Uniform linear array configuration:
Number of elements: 8
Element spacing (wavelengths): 0.25
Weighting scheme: kaiser
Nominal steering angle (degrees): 45
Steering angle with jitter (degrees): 43.024
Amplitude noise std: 0.05
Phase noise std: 0.05

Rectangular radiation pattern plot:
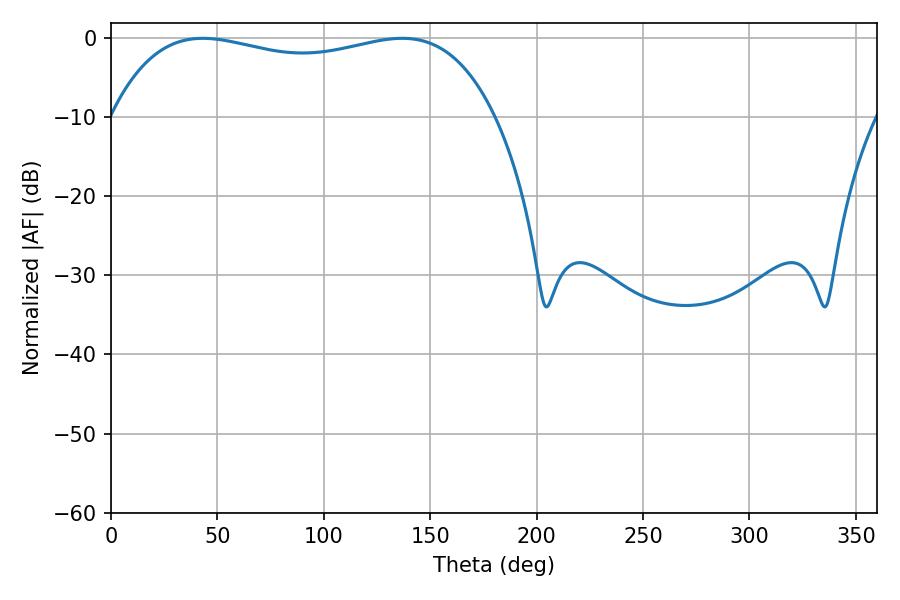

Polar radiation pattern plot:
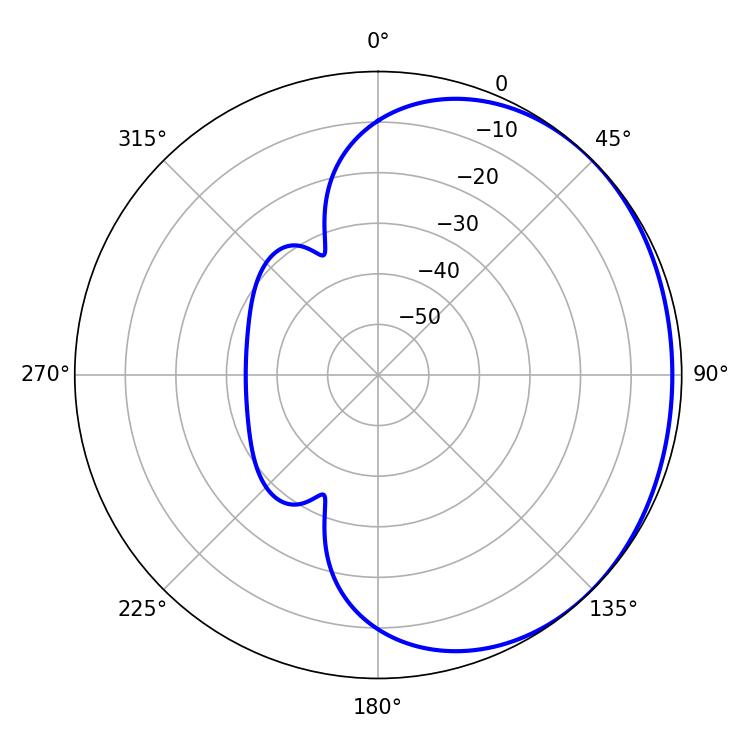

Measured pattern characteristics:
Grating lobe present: FALSE
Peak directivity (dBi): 1.026
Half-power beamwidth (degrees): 146.52
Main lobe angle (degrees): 43.2